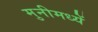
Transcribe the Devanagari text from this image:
मुनीमध्यें